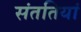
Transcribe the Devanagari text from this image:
संततियां